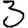
Digit: 3